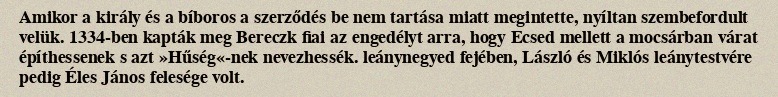
Amikor a király és a bíboros a szerződés be nem tartása miatt megintette, nyíltan szembefordult velük. 1334-ben kapták meg Bereczk fiai az engedélyt arra, hogy Ecsed mellett a mocsárban várat építhessenek s azt »Hűség«-nek nevezhessék. leánynegyed fejében, László és Miklós leánytestvére pedig Éles János felesége volt.